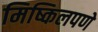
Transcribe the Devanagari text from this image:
मिष्किलपणे